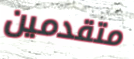
متقدمين